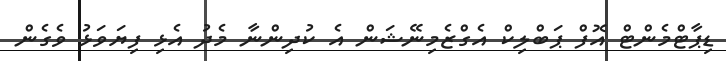
ޑިޕާޓްމެންޓް އޮފް ޕަބްލިކް އެގްޒެމިނޭޝަން އެ ކުދިންނާ މެދު އެޅި ފިޔަވަޅު ވެގެން